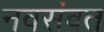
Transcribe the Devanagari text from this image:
नवसंवत